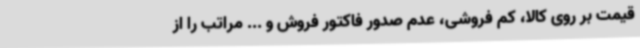
قیمت بر روی کالا، کم فروشی، عدم صدور فاکتور فروش و ... مراتب را از